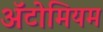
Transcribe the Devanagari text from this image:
अॅटोमियम